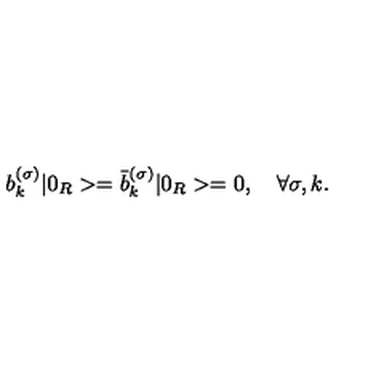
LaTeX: b _ { k } ^ { ( \sigma ) } | 0 _ { R } > = \bar { b } _ { k } ^ { ( \sigma ) } | 0 _ { R } > = 0 , \quad \forall \sigma , k { . }